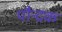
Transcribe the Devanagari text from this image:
पौन्द्रक